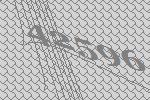
42596